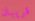
قريبان